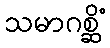
သမာဂစ္ဆိံ